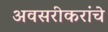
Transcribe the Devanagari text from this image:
अवसरीकरांचे